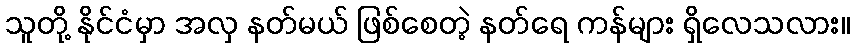
သူတို့ နိုင်ငံမှာ အလှ နတ်မယ် ဖြစ်စေတဲ့ နတ်ရေ ကန်များ ရှိလေသလား။